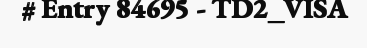
# Entry 84695 - TD2_VISA